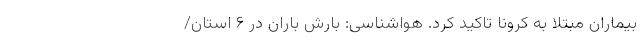
بیماران مبتلا به کرونا تاکید کرد. هواشناسی: بارش باران در ۶ استان/